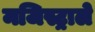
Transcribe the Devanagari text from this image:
मजिस्ट्राले